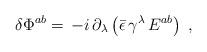
LaTeX: \begin{align*}\delta \Phi ^{ab}=\,-i\,\partial _\lambda \left( \bar \epsilon\,\gamma ^\lambda \,E^{ab}\right) \;,\end{align*}